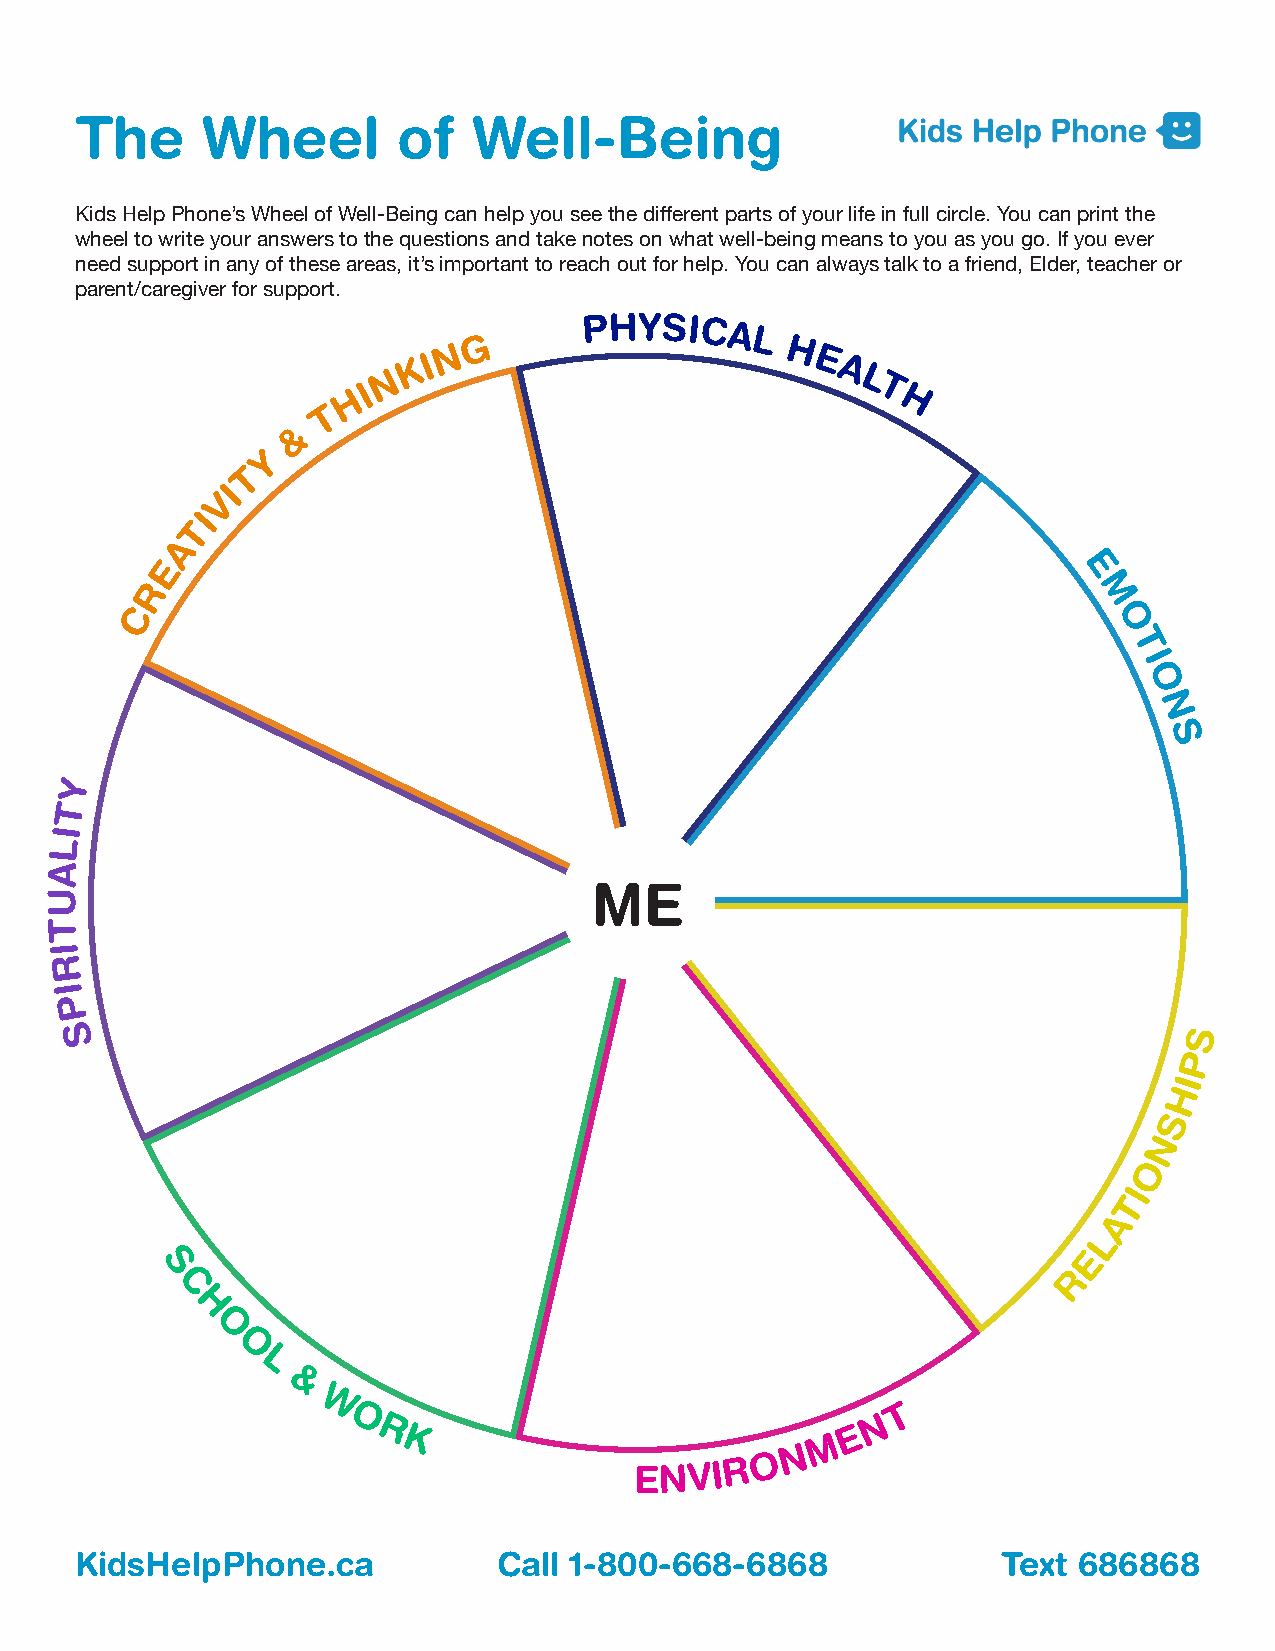
The     Wheel        of   Well-Being
 Kids Help Phone’s Wheel of Well-Being can help you see the different parts of your life in full circle. You can print the
 wheel to write your answers to the questions and take notes on what well-being means to you as you go. If you ever
 need support in any of these areas, it’s important to reach out for help. You can always talk to a friend, Elder, teacher or
 parent/caregiver for support.
 G
 PHYSICAL
 N                      H
 K I                        E A
 N                               L
 H I                                T
 H
 T
 &
 Y
 T
 I
 V
 I
 T
 A
 E
 E
 R
 M
 C
 O
 T
 I
 O
 N
 S
 Y
 T
 I
 L
 A
 ME
 U
 T
 I
 R
 I
 P
 S                                                                          S
 P
 I
 H
 S
 N
 O
 I
 T
 A
 L
 E
 S                                                            R
 C
 H
 O
 O
 L
 &
 W                                     T
 O                                 N
 R                              E
 K                           M
 N
 O
 ENVIR
 KidsHelpPhone.ca            Call 1-800-668-6868              Text 686868